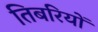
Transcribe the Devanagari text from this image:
तिबरियों